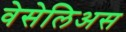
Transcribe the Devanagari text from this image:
वेसेलिअस